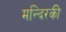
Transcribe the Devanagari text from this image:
मन्दिरकी